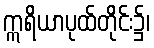
ဣရိယာပုထ်တိုင်း၌၊